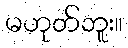
မဟုတ်ဘူး။